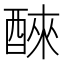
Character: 𫑹